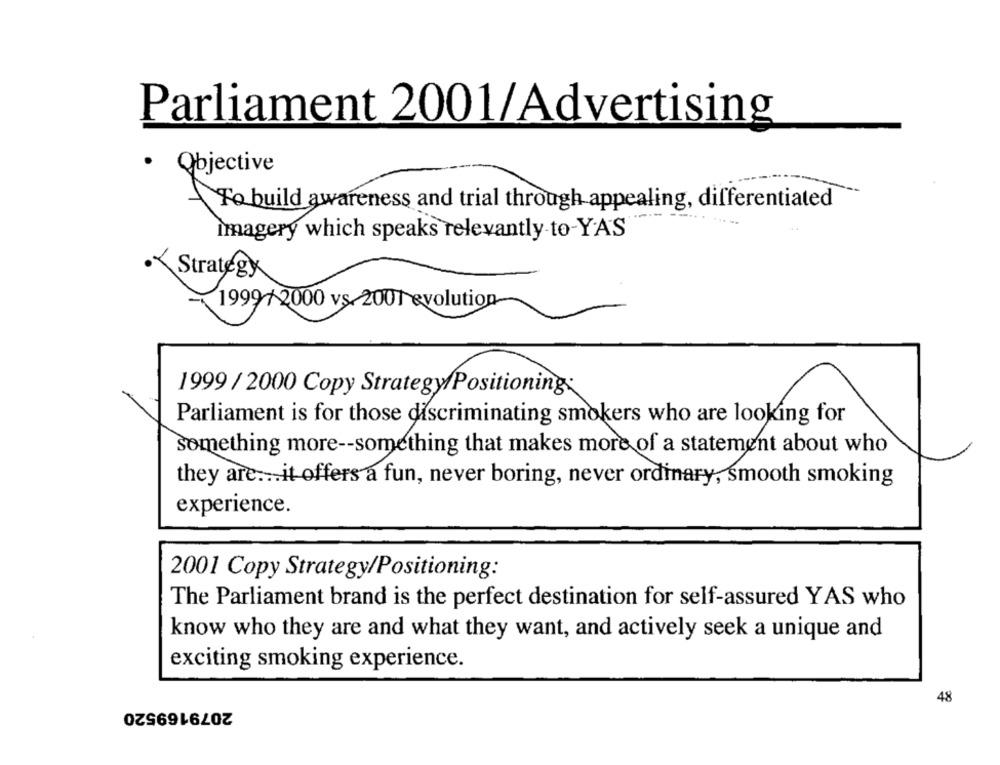
Parliament 2001/Advertising
Objective
To build awareness and trial through appealing, differentiated
imagery which speaks relevantly-to-YAS
Strategy
1999/2000 vs-2001 evolution
1999 / 2000 Copy Strategy/Positioning:
Parliament is for those discriminating smokers who are looking for
something more -- something that makes more of a statement about who
they are ... it offers a fun, never boring, never ordinary, smooth smoking
experience.
2001 Copy Strategy/Positioning:
The Parliament brand is the perfect destination for self-assured YAS who
know who they are and what they want, and actively seek a unique and
exciting smoking experience.
2079169520
48